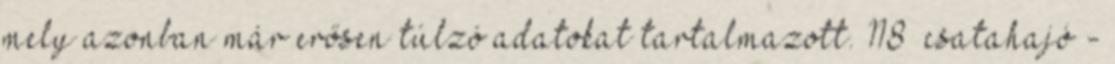
mely azonban már erősen túlzó adatokat tartalmazott. 118 csatahajó -